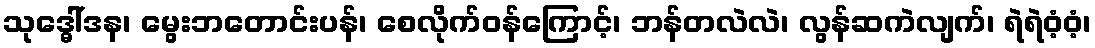
သုဒ္ဓေါ်ဒန၊ မွေးဘတောင်းပန်၊ စေလိုက်ဝန်ကြောင့်၊ ဘန်တလဲလဲ၊ လွန်ဆကဲလျက်၊ ရဲရဲဝံ့ဝံ့၊